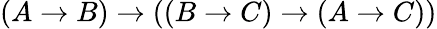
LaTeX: (A\to B)\to((B\to C)\to(A\to C))